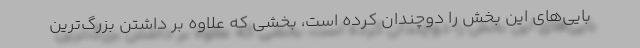
بایی‌های این بخش را دوچندان کرده است، بخشی که علاوه بر داشتن بزرگ‌ترین